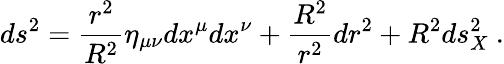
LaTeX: ds^{2}=\frac{r^{2}}{R^{2}}\eta_{\mu\nu}dx^{\mu}dx^{\nu}+\frac{R^{2}}{r^{2}}dr^{2}+R^{2}ds_{X}^{2}\ .